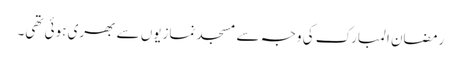
رمضان المبارک کی وجہ سے مسجد نمازیوں سے بھری ہوئی تھی۔